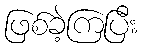
ဖြစ်ခဲ့ကြပြီး